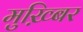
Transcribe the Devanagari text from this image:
मुख़्बिर